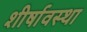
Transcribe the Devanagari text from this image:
शीर्षावस्था